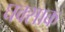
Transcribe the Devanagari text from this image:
घक्साक